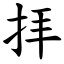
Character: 拝